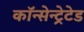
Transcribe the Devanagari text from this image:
कॉन्सेन्ट्रेटेड